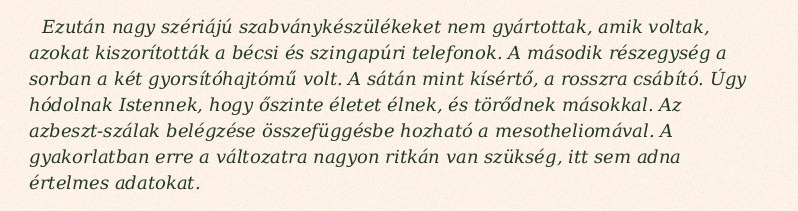
Ezután nagy szériájú szabványkészülékeket nem gyártottak, amik voltak, azokat kiszorították a bécsi és szingapúri telefonok. A második részegység a sorban a két gyorsítóhajtómű volt. A sátán mint kísértő, a rosszra csábító. Úgy hódolnak Istennek, hogy őszinte életet élnek, és törődnek másokkal. Az azbeszt-szálak belégzése összefüggésbe hozható a mesotheliomával. A gyakorlatban erre a változatra nagyon ritkán van szükség, itt sem adna értelmes adatokat.